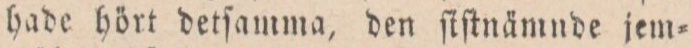
hade hört detſamma, den ſiſtnämnde jem=